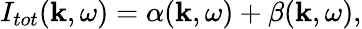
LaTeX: I_{tot}(\mathbf{k},\omega)=\alpha(\mathbf{k},\omega)+\beta(\mathbf{k},\omega),